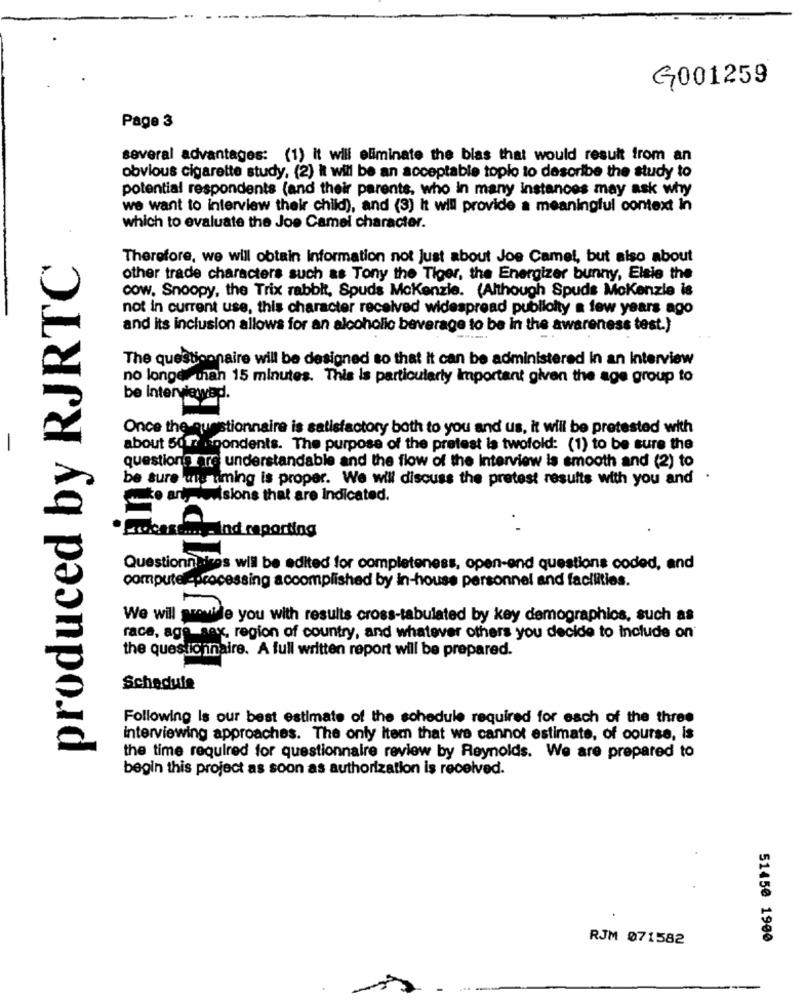
G001259
Page 3
several advantages: (1) it will eliminate the blas that would result from an
obvious cigarette study, (2) it will be an acceptable toplo to describe the study to
potential respondents (and their parents, who in many instances may ask why
we want to interview their child), and (3) it will provide a meaningful context In
which to evaluate the Joe Camel character.
produced by RJRTC
Therefore, we will obtain Information not Just about Joe Camel, but also about
other trade characters such as Tony the Tiger, the Energizer bunny, Elsie the
cow. Snoopy, the Trix rabbit, Spuds Mckenzie. (Although Spuds MoKenzie is
not in current use, this character received widespread publicity a few years ago
and its inclusion allows for an alcoholic beverage to be in the awareness test.)
The questionnaire will be designed so that it can be administered in an Interview
no longer man 15 minutes. This is particularly Important given the age group to
be interviewed.
Once the questionnaire is satisfactory both to you and us, it will be pretested with
about 5017 woondents. The purpose of the pretest la twofold: (1) to be sure the
questions are understandable and the flow of the Interview is smooth and (2) to
be sure urg timing is proper. We will discuss the pretest results with you and .
de antesions that are Indicated.
· Erdcasting- Ind reporting
Questionnaires will be edited for completeness, open-end questions coded, and
computer-processing accomplished by in-house personnel and facilities.
We will provide you with results cross-tabulated by key demographics, such as
race, age sax, region of country, and whatever others you decide to include on'
the questionnaire. A full written report will be prepared.
Schedule
Following Is our best estimate of the schedule required for each of the three
interviewing approaches. The only item that we cannot estimate, of course, is
the time required for questionnaire review by Reynolds. We are prepared to
begin this project as soon as authorization is received.
RJM 071582
51450 1900